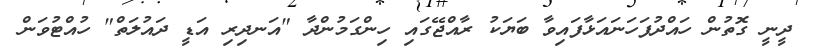
ދީނީ ގޮތުން ހައްދުފަހަނައަޅާފައިވާ ބަޔަކު ރާއްޖޭގައި ހިންގަމުންދާ "އަނދިރި އަޑީ ދައުލަތް" ހުއްޓުވަން